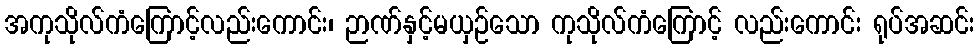
အကုသိုလ်ကံကြောင့်လည်းကောင်း၊ ဉာဏ်နှင့်မယှဉ်သော ကုသိုလ်ကံကြောင့် လည်းကောင်း ရုပ်အဆင်း